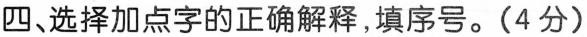
四、选择加点字的正确解释，填序号。(4分)